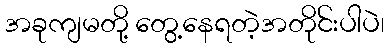
အခုကျမတို့ တွေ့နေရတဲ့အတိုင်းပါပဲ၊